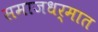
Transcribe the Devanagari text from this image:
समाजधर्मात